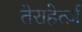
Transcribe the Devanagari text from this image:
तेराहेर्त्ज़